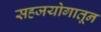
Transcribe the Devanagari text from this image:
सहजयोगातून